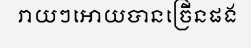
រាយៗអោយបានច្រើនផង